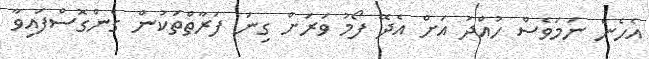
އެހެން ނަމަވެސް ހުއްދަ އަށް އެދޭ ފޯމު ވަރަށް ގިނަ ފަރާތްތަކުން ގެންގޮސްފައިވާ